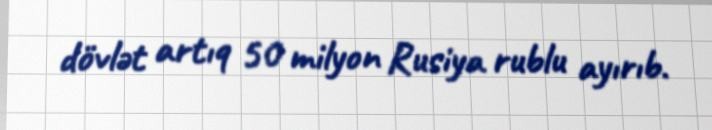
dövlət artıq 50 milyon Rusiya rublu ayırıb.